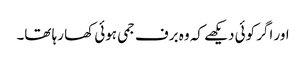
اور اگر کوئی دیکھے کہ وہ برف جمی ہوئی کھا رہا تھا۔